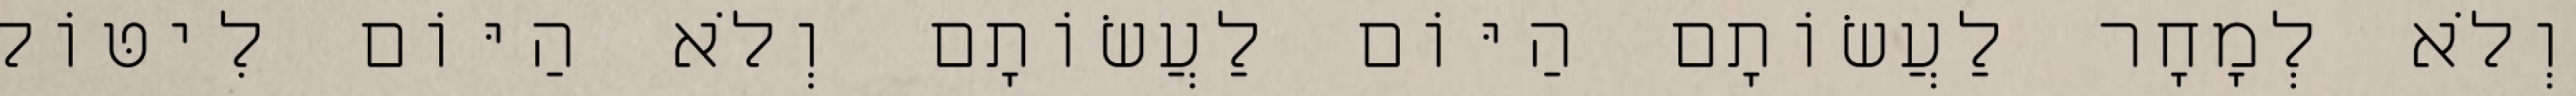
וְלֹא לְמָחָר לַעֲשׂוֹתָם הַיּוֹם לַעֲשׂוֹתָם וְלֹא הַיּוֹם לִיטּוֹל